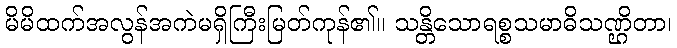
မိမိထက်အလွန်အကဲမရှိကြီးမြတ်ကုန်၏။ သန္တိသောရစ္စသမာဓိသဏ္ဌိတာ၊